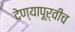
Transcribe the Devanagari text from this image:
देण्यापूर्वीच